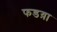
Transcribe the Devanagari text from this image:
फडय़ा